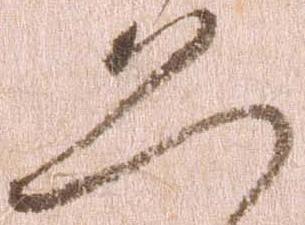
恐